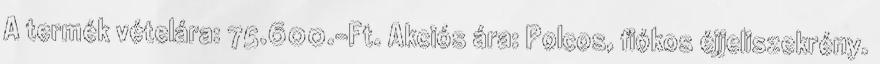
A termék vételára: 75.600.-Ft. Akciós ára: Polcos, fiókos éjjeliszekrény.